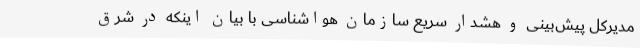
مدیرکل پیش‌بینی و هشدار سریع سازمان هواشناسی با بیان اینکه در شرق